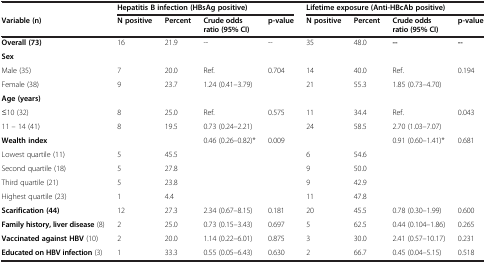
<table><thead><tr><td><b> </b></td><td colspan="4"><b>Hepatitis B infection (HBsAg positive)</b></td><td colspan="4"><b>Lifetime exposure (Anti-HBcAb positive)</b></td></tr><tr><td><b>Variable (n)</b></td><td><b>N positive</b></td><td><b>Percent</b></td><td><b>Crude odds ratio (95% CI)</b></td><td><b>p-value</b></td><td><b>N positive</b></td><td><b>Percent</b></td><td><b>Crude odds ratio (95% CI)</b></td><td><b>p-value</b></td></tr></thead><tbody><tr><td><b>Overall (73)</b></td><td>16</td><td>21.9</td><td>--</td><td>--</td><td>35</td><td>48.0</td><td><b>--</b></td><td><b>--</b></td></tr><tr><td><b>Sex</b></td><td> </td><td> </td><td> </td><td> </td><td> </td><td> </td><td> </td><td> </td></tr><tr><td>Male (35)</td><td>7</td><td>20.0</td><td>Ref.</td><td>0.704</td><td>14</td><td>40.0</td><td>Ref.</td><td>0.194</td></tr><tr><td>Female (38)</td><td>9</td><td>23.7</td><td>1.24 (0.41–3.79)</td><td> </td><td>21</td><td>55.3</td><td>1.85 (0.73–4.70)</td><td> </td></tr><tr><td><b>Age (years)</b></td><td> </td><td> </td><td> </td><td> </td><td> </td><td> </td><td> </td><td> </td></tr><tr><td>≤10 (32)</td><td>8</td><td>25.0</td><td>Ref.</td><td>0.575</td><td>11</td><td>34.4</td><td>Ref.</td><td>0.043</td></tr><tr><td>11 – 14 (41)</td><td>8</td><td>19.5</td><td>0.73 (0.24–2.21)</td><td> </td><td>24</td><td>58.5</td><td>2.70 (1.03–7.07)</td><td> </td></tr><tr><td><b>Wealth index</b></td><td> </td><td> </td><td>0.46 (0.26–0.82)*</td><td>0.009</td><td> </td><td> </td><td>0.91 (0.60–1.41)*</td><td>0.681</td></tr><tr><td>Lowest quartile (11)</td><td>5</td><td>45.5</td><td> </td><td> </td><td>6</td><td>54.6</td><td> </td><td> </td></tr><tr><td>Second quartile (18)</td><td>5</td><td>27.8</td><td> </td><td> </td><td>9</td><td>50.0</td><td> </td><td> </td></tr><tr><td>Third quartile (21)</td><td>5</td><td>23.8</td><td> </td><td> </td><td>9</td><td>42.9</td><td> </td><td> </td></tr><tr><td>Highest quartile (23)</td><td>1</td><td>4.4</td><td> </td><td> </td><td>11</td><td>47.8</td><td> </td><td> </td></tr><tr><td><b>Scarification (44)</b></td><td>12</td><td>27.3</td><td>2.34 (0.67–8.15)</td><td>0.181</td><td>20</td><td>45.5</td><td>0.78 (0.30–1.99)</td><td>0.600</td></tr><tr><td><b>Family history, liver disease</b> (8)</td><td>2</td><td>25.0</td><td>0.73 (0.15–3.43)</td><td>0.697</td><td>5</td><td>62.5</td><td>0.44 (0.104–1.86)</td><td>0.265</td></tr><tr><td><b>Vaccinated against HBV</b> (10)</td><td>2</td><td>20.0</td><td>1.14 (0.22–6.01)</td><td>0.875</td><td>3</td><td>30.0</td><td>2.41 (0.57–10.17)</td><td>0.231</td></tr><tr><td><b>Educated on HBV infection</b> (3)</td><td>1</td><td>33.3</td><td>0.55 (0.05–6.43)</td><td>0.630</td><td>2</td><td>66.7</td><td>0.45 (0.04–5.15)</td><td>0.518</td></tr></tbody></table>